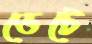
ডেটে